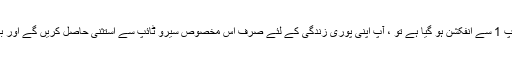
اگر آپ کو سیروٹائپ 1 سے انفکشن ہو گیا ہے تو ، آپ اپنی پوری زندگی کے لئے صرف اس مخصوص سیرو ٹائپ سے استثنیٰ حاصل کریں گے اور باقی تینوں میں نہیں۔